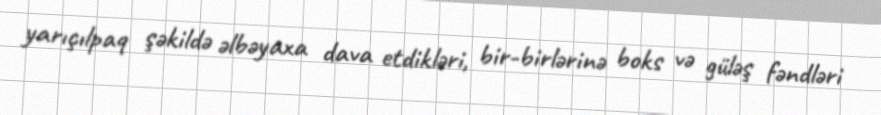
yarıçılpaq şəkildə əlbəyaxa dava etdikləri, bir-birlərinə boks və güləş fəndləri